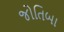
જોતિબા